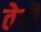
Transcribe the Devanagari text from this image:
तेेरी